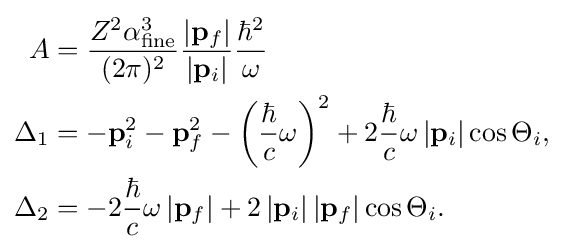
{\begin{aligned}A&={\frac {Z^{2}\alpha _{\text{fine}}^{3}}{(2\pi )^{2}}}{\frac {\left|\mathbf {p} _{f}\right|}{\left|\mathbf {p} _{i}\right|}}{\frac {\hbar ^{2}}{\omega }}\\\Delta _{1}&=-\mathbf {p} _{i}^{2}-\mathbf {p} _{f}^{2}-\left({\frac {\hbar }{c}}\omega \right)^{2}+2{\frac {\hbar }{c}}\omega \left|\mathbf {p} _{i}\right|\cos \Theta _{i},\\\Delta _{2}&=-2{\frac {\hbar }{c}}\omega \left|\mathbf {p} _{f}\right|+2\left|\mathbf {p} _{i}\right|\left|\mathbf {p} _{f}\right|\cos \Theta _{i}.\end{aligned}}